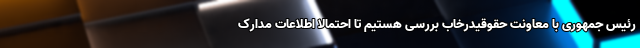
رئیس جمهوری با معاونت حقوقیدرخاب بررسی هستیم تا احتمالا اطلاعات مدارک